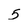
Character: 5